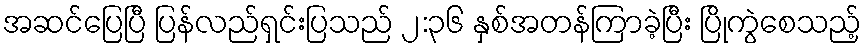
အဆင်ပြေပြီ ပြန်လည်ရှင်းပြသည် ၂:၃၆ နှစ်အတန်ကြာခဲ့ပြီး ပြိုကွဲစေသည့်